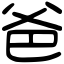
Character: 爸